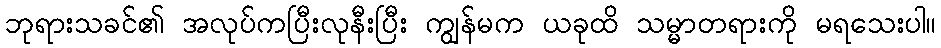
ဘုရားသခင်၏ အလုပ်ကပြီးလုနီးပြီး ကျွန်မက ယခုထိ သမ္မာတရားကို မရသေးပါ။